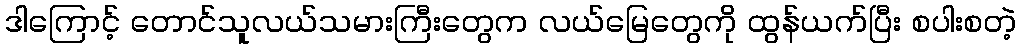
ဒါကြောင့် တောင်သူလယ်သမားကြီးတွေက လယ်မြေတွေကို ထွန်ယက်ပြီး စပါးစတဲ့